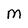
Character: M